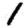
Digit: 1